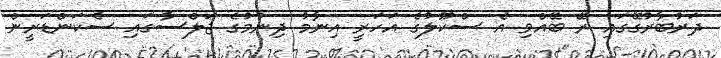
ދަރުބާރުގޭގައި ރޭ ބޭއްވި އެ ސްކޫލުގެ އަހަރީ އިނާމު ދިނުމުގެ ޖަލްސާގައި ސެކަންޑަރީން